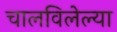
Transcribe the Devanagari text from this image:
चालविलेल्‍या